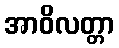
အာဝိလတ္တာ